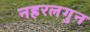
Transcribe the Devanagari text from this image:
नहरलगुन